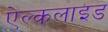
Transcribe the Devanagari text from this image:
ऐल्कलाइड